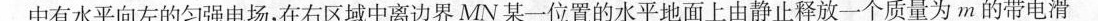
中有水平向左的匀强电场，在右区域中离边界MN某一位置的水平地面上由静止释放一个质量为m的带电滑